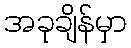
အခုချိန်မှာ